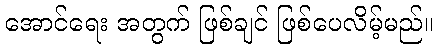
အောင်ရေး အတွက် ဖြစ်ချင် ဖြစ်ပေလိမ့်မည်။